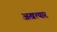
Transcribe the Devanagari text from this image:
अखत्यार